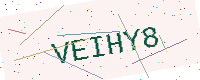
Text: VEIHY8